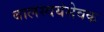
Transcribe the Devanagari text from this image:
बालस्वयंसेवक